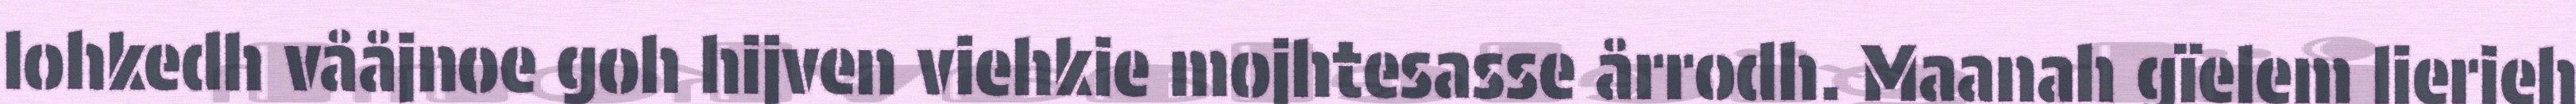
lohkedh vååjnoe goh hijven viehkie mojhtesasse årrodh. Maanah gïelem lierieh